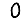
Digit: 0